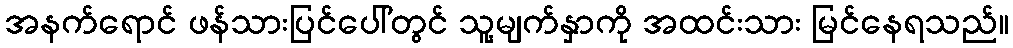
အနက်ရောင် ဖန်သားပြင်ပေါ်တွင် သူ့မျက်နှာကို အထင်းသား မြင်နေရသည်။